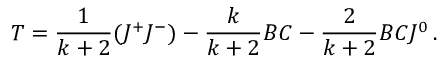
T = \frac { 1 } { k + 2 } ( J ^ { + } J ^ { - } ) - \frac { k } { k + 2 } B \d C - \frac { 2 } { k + 2 } B C J ^ { 0 } \, .